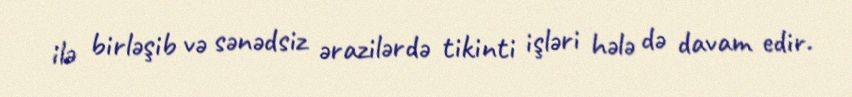
ilə birləşib və sənədsiz ərazilərdə tikinti işləri hələ də davam edir.